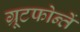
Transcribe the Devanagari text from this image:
ग्रूटफोन्तें